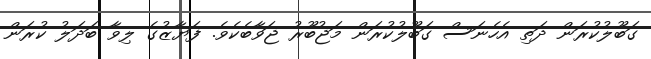
ގަބޫލުކުރަން ދަތި އެހެނަސް ގަބޫލުކުރަން މަޖުބޫރު ޖަވާބެކެވެ. ފަޔާޒުގެ ލިވާ ބަދަލު ކުރަން